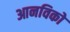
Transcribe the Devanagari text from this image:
आनविको